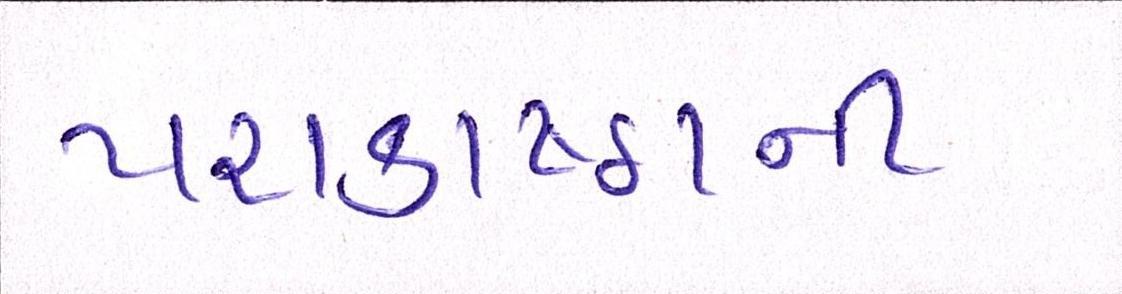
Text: પરાકાષ્ઠાની